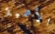
الأهمية